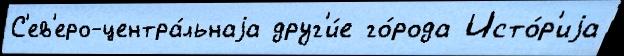
С'ев'еро-центра́льнаjа друг'и́е го́рода Исто́р'иjа